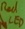
Text: LED